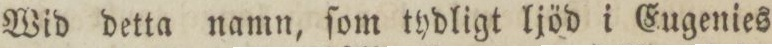
Wid detta namn, ſom tydligt ljöd i Eugenies